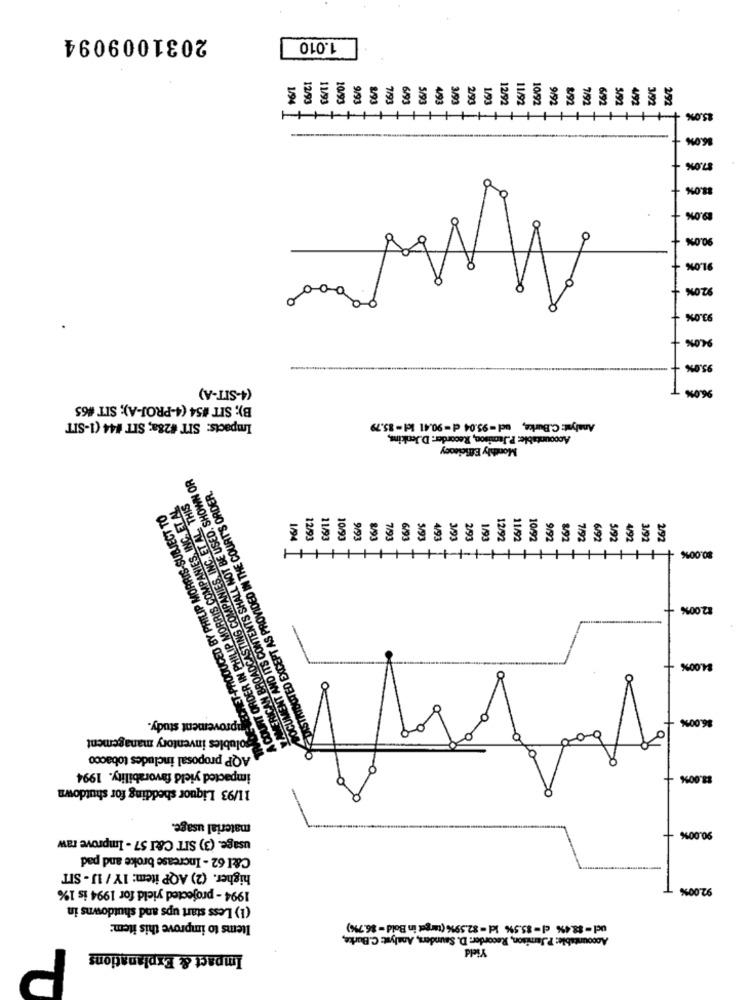
2031009094
1.010
111111
2/93
15.0% ++
86.0%
$7.0%%
13.0%
19.0%
90.0%
91.0%
920%
93.0%
94.0%
95.0%%
(4-SIT-A)
96.0%%
B); SIT #54 (4-PROJ-A); SIT #65
Impacts: SIT #28a; SIT #44 (1-SIT
Analyst: C.Burke, ucl - 95.04 d -90.41 kl -85.79
Accountable: P.Jamison, Recorder: D.Jenkins,
Monthly Efficiency
NOCUMENT AND ITS CONTENTS SHALL NOT BE USED, SHOWN OR
DISTRIBUTED EXCEPT AS PROVIDED IN THE COURT'S ORDER.
y AMERICAN BROADCASTING COMPANIES, INC. ET AL. THIS
OOUCED BY PHILIP MORRIS-SUBJECT TO
A COURT ORDER IN PHILIP MORRIS COMPANIES, INC. ET AL
616
7616
26IL
8/93
7/93
8/92
80.00% +++++++++
82.00% -
$4.00%
pprovement study.
$6.00%
olubles inventory management
AQP proposal includes tobacco
impacted yield favorability. 1994
13.00%
11/93 Liquor shedding for shutdown
material usage.
usage. (3) SIT C&I 57 - Improve raw
90.00%
C&I 62 - Increase broke and pad
higher. (2) AQP item: 1Y / IJ - SIT
1994 - projected yield for 1994 is 1%
92.00%
(1) Less start ups and shutdowns in
Items to improve this item:
ucl - 88.4% cl- 85.5% Id = $2.59%% (target in Bold - $6.7%)
Accountable: PJamison, Recorder: D. Saunders, Analyst: C.Burke,
Yield
Impact & Explanations